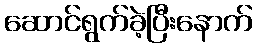
ဆောင်ရွက်ခဲ့ပြီးနောက်